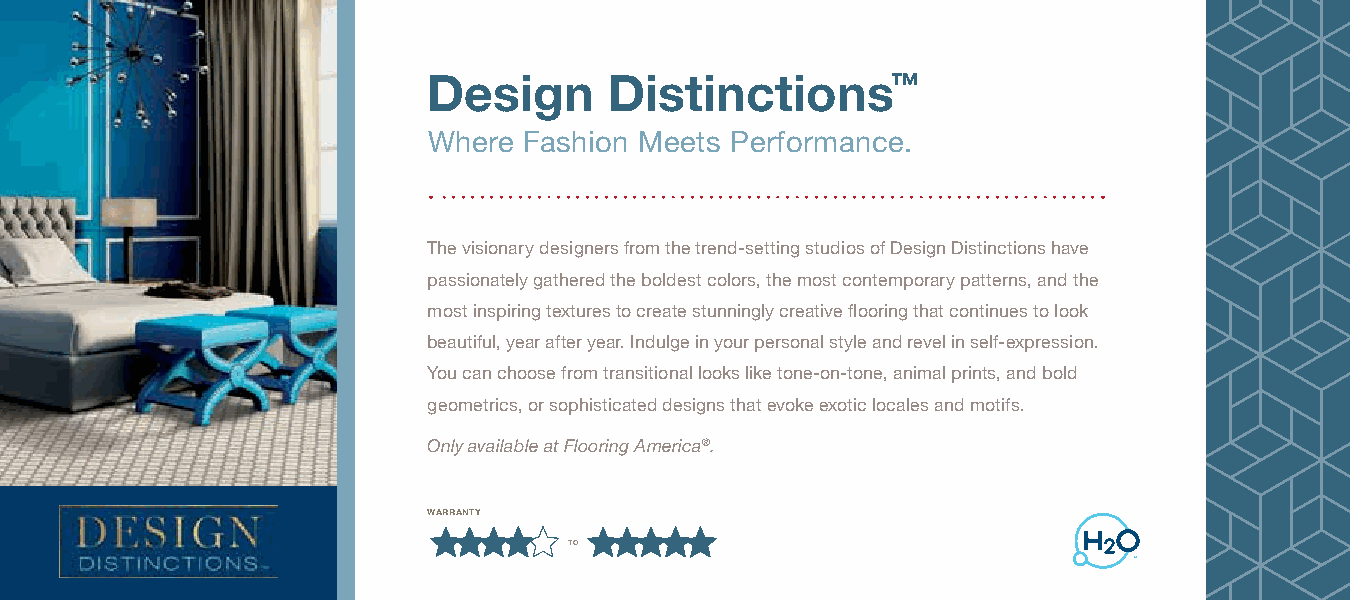
Design      Distinctions™
 Where  Fashion Meets Performance.
 The visionary designers from the trend-setting studios of Design Distinctions have
 passionately gathered the boldest colors, the most contemporary patterns, and the
 most inspiring textures to create stunningly creative flooring that continues to look
 beautiful, year after year. Indulge in your personal style and revel in self-expression.
 You can choose from transitional looks like tone-on-tone, animal prints, and bold
 geometrics, or sophisticated designs that evoke exotic locales and motifs.
 Only available at Flooring America®.
 warranty
 to